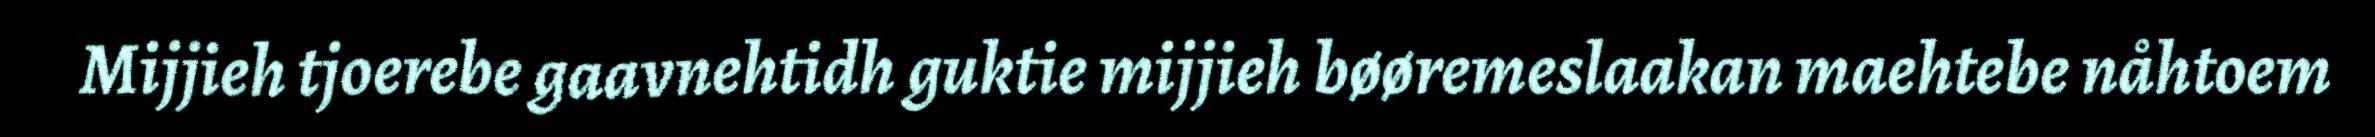
Mijjieh tjoerebe gaavnehtidh guktie mijjieh bøøremeslaakan maehtebe nåhtoem